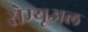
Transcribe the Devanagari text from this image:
सेम्यूअल